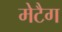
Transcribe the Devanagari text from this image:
मेटैग